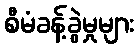
စီမံခန့်ခွဲမှုများ